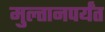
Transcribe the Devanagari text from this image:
मुल्तानपर्यंत